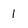
Character: 1